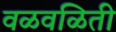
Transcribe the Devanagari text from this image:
वळवळिती